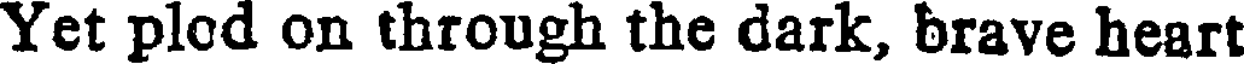
Yet plod on through the dark, brave heart